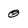
Character: 0